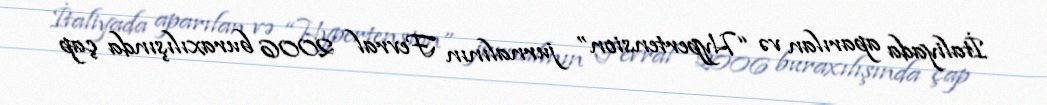
İtaliyada aparılan və “Hypertension” jurnalının Fevral 2006 buraxılışında çap